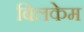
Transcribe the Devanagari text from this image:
बिलकेम